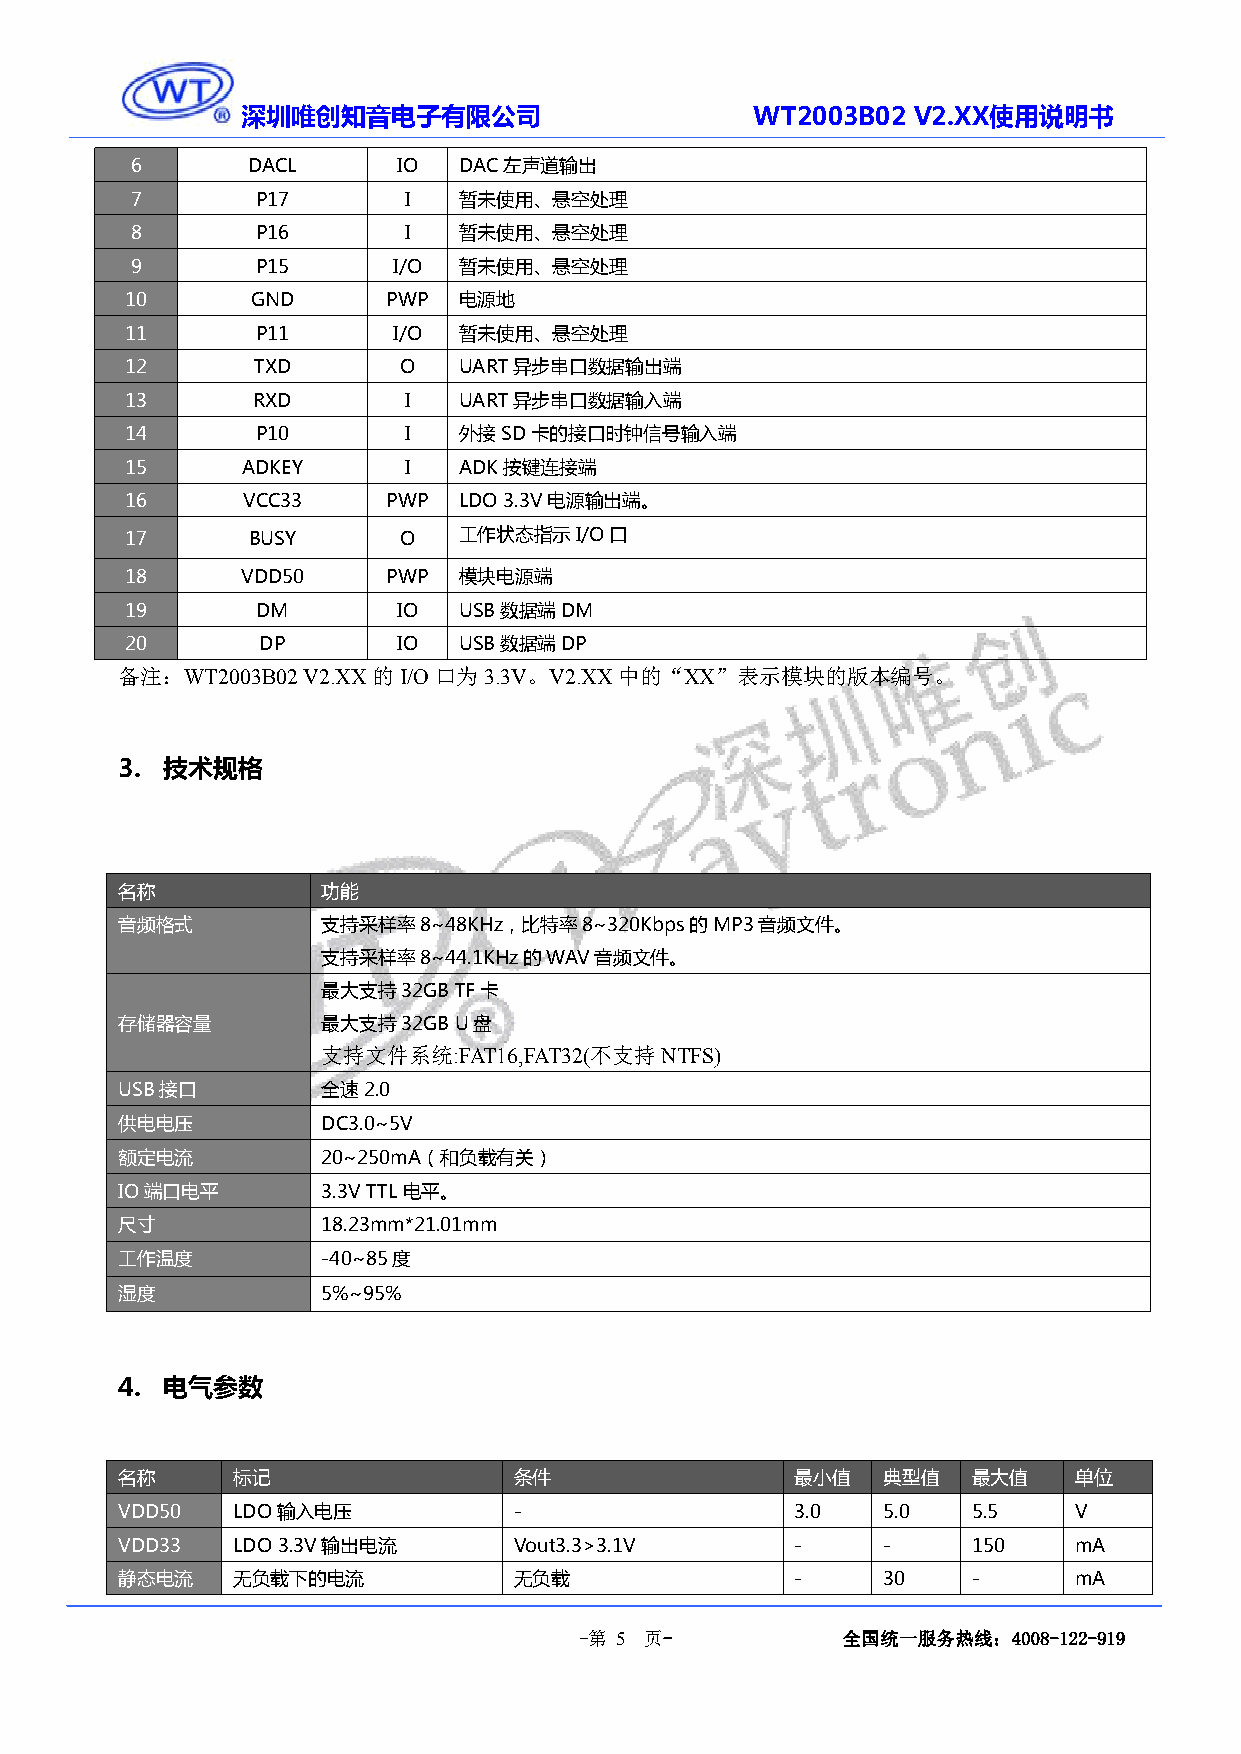
深圳唯创知音电子有限公司                      WT2003B02 V2.XX使用说明书
 6      DACL      IO  DAC左声道输出
 7       P17       I  暂未使用、悬空处理
 8       P16       I  暂未使用、悬空处理
 9       P15      I/O 暂未使用、悬空处理
 10       GND      PWP 电源地
 11       P11      I/O 暂未使用、悬空处理
 12       TXD      O   UART异步串口数据输出端
 13       RXD       I  UART异步串口数据输入端
 14       P10       I  外接SD卡的接口时钟信号输入端
 15      ADKEY      I  ADK按键连接端
 16      VCC33     PWP LDO3.3V电源输出端。
 17      BUSY      O   工作状态指示I/O口
 18      VDD50     PWP 模块电源端
 19       DM       IO  USB数据端DM
 20       DP       IO  USB数据端DP
 备注：WT2003B02V2.XX的I/O口为3.3V。V2.XX中的“XX”表示模块的版本编号。
 3. 技术规格
 名称           功能
 音频格式         支持采样率8~48KHz，比特率8~320Kbps的MP3音频文件。
 支持采样率8~44.1KHz的WAV音频文件。
 最大支持32GBTF卡
 存储器容量        最大支持32GBU盘
 支持文件系统:FAT16,FAT32(不支持NTFS)
 USB接口        全速2.0
 供电电压         DC3.0~5V
 额定电流         20~250mA（和负载有关）
 IO端口电平       3.3VTTL电平。
 尺寸           18.23mm*21.01mm
 工作温度         -40~85度
 湿度           5%~95%
 4. 电气参数
 名称     标记                 条件                 最小值  典型值   最大值    单位
 VDD50  LDO输入电压            -                  3.0  5.0   5.5    V
 VDD33  LDO3.3V输出电流        Vout3.3>3.1V       -    -     150    mA
 静态电流   无负载下的电流            无负载                -    30    -      mA
 -第 5 页-           全国统一服务热线：4008-122-919